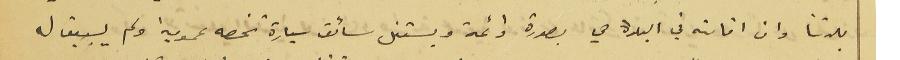
بلدتنا وان اقامته في البلدة هي بصورة دائمة ويستغل سائق سيارة تخصه عمومية ولم يسبق له